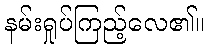
နမ်းရှုပ်ကြည့်လေ၏။